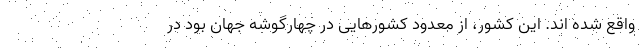
واقع شده اند. این کشور، از معدود کشور‌هایی در چهارگوشه جهان بود در